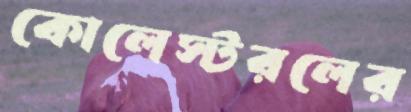
কোলেস্টরলের